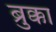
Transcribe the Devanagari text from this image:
ब्रुक्का